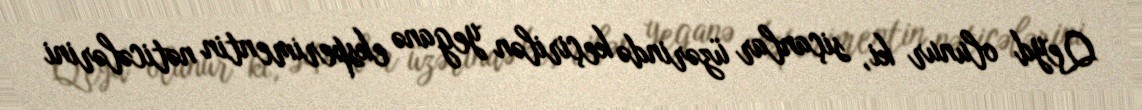
Qeyd olunur ki, siçanlar üzərində keçirilən yeganə eksperimentin nəticələrini